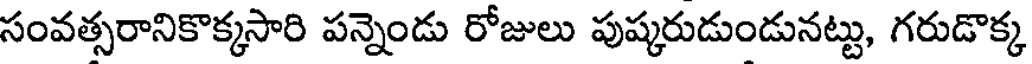
సంవత్సరానికొక్కసారి పన్నెండు రోజులు పుష్కరుడుండునట్టు, గరుడొక్క